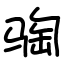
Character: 𫘦